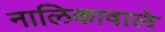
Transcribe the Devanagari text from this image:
नालिकावाले